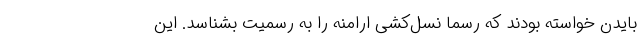
بایدن خواسته بودند که رسماً نسل‌کشی ارامنه را به رسمیت بشناسد. این